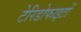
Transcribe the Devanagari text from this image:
टेरिडोफाइटों